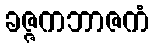
ခဇ္ဇကဘာဇကံ